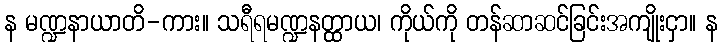
န မဏ္ဍနာယာတိ-ကား။ သရီရမဏ္ဍနတ္ထာယ၊ ကိုယ်ကို တန်ဆာဆင်ခြင်းအကျိုးငှာ။ န